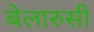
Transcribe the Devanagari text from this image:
बेलारुसी